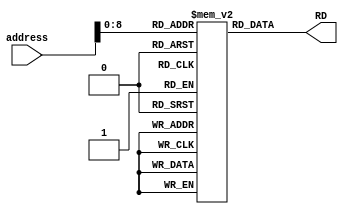
`timescale 1ns / 1ps
//////////////////////////////////////////////////////////////////////////////////
// Company: 
// Engineer: 
// 
// Design Name: 
// Module Name: Instruction_memory
// Project Name: 
// Target Devices: 
// Tool Versions: 
// Description: 
// 
// Dependencies: 
// 
// Revision:
// Revision 0.01 - File Created
// Additional Comments:
// 
//////////////////////////////////////////////////////////////////////////////////


module instructionmemory #(parameter Width = 32)(
    input [Width-1:0] address,
    output [Width-1:0] RD
    );
//wire [3:0] add = address[3:0];
reg [Width-1:0] mem1[511:0];
initial
begin
mem1[0] = 32'h002081B3; // add $1, $2, $3
mem1[4] = 32'h403202B3; // sub $4, $3, $5
mem1[8] = 32'h00B6F663; //  bgeu $11 , $13 , 14
mem1[12] = 32'h00B67763; // bgeu $11 , $12 , 14
mem1[16] = 32'h00B6F763; // bgeu $11 , $13 , 14
//mem1[8] = 32'h00308383; // lw $7, 3($1)
//mem1[12] = 32'h0013F333; // and $7, $1, $6
//mem1[16] = 32'h001112B3; // sll $5, $2, $1
mem1[20] = 32'h001122B3; // slt $5, $2, $1
mem1[24] = 32'h00210463; // beq $2, $3, 4 // 4 is offset
mem1[28] = 32'h001132B3; // sltu $5, $2, $1
mem1[32] = 32'h001142B3; // xor $5, $2, $1
mem1[36] = 32'h001152B3; // srl $5, $2, $1
mem1[40] = 32'h401152B3; // sra $5, $2, $1
mem1[44] = 32'h008002EF; // jal $5, 2 
mem1[48] = 32'h00110293; // addi $5, $2, 1
mem1[52] = 32'h00312293; // slti $5, $2, 3
mem1[56] = 32'h00517293; // andi $5, $2, 5
mem1[60] = 32'h00211293; // slli $5, $2, 2
mem1[64] = 32'h002102E7; // jar $5, $2, 2  // will jump on instruction 4
//mem1[4] = 32'h40308133; // sub x2, x3, x1
//mem1[8] = 32'h00517633; // and x12, x2, x5
//mem1[12] = 32'h002376B3; // and x13, x6, x2

//mem1[4] = 32'h00218233; // add $3 ,$2, $4
//
//mem1[0] = 32'h00218233; // add $3 ,$2, $4
//mem1[4] = 32'h403202B3; // sub $4, $3, $5
//mem1[0] = 32'h00308383; // lw $7, 2($1)
//mem1[4] = 32'h0013F333; // and $7, $1, $6

//
//$readmemh("mem1file.dat",mem1);
end
assign RD = mem1[address];
endmodule